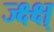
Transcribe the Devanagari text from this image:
ज्क्ष्क्ष्